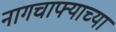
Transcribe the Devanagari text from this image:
नागचाफ्याच्या